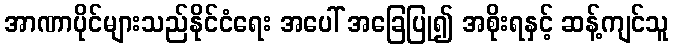
အာဏာပိုင်များသည်နိုင်ငံရေး အပေါ် အခြေပြု၍ အစိုးရနှင့် ဆန့်ကျင်သူ